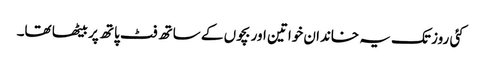
کئی روز تک یہ خاندان خواتین اور بچوں کے ساتھ فٹ پاتھ پر بیٹھا تھا۔